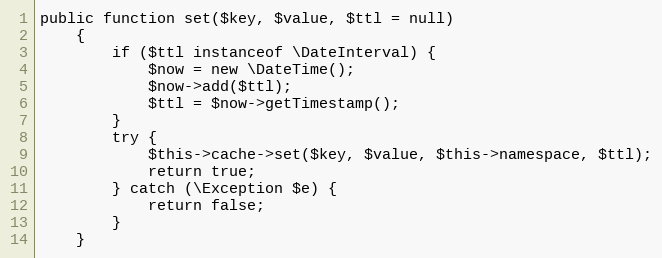
Language: PHP
public function set($key, $value, $ttl = null)
    {
        if ($ttl instanceof \DateInterval) {
            $now = new \DateTime();
            $now->add($ttl);
            $ttl = $now->getTimestamp();
        }
        try {
            $this->cache->set($key, $value, $this->namespace, $ttl);
            return true;
        } catch (\Exception $e) {
            return false;
        }
    }